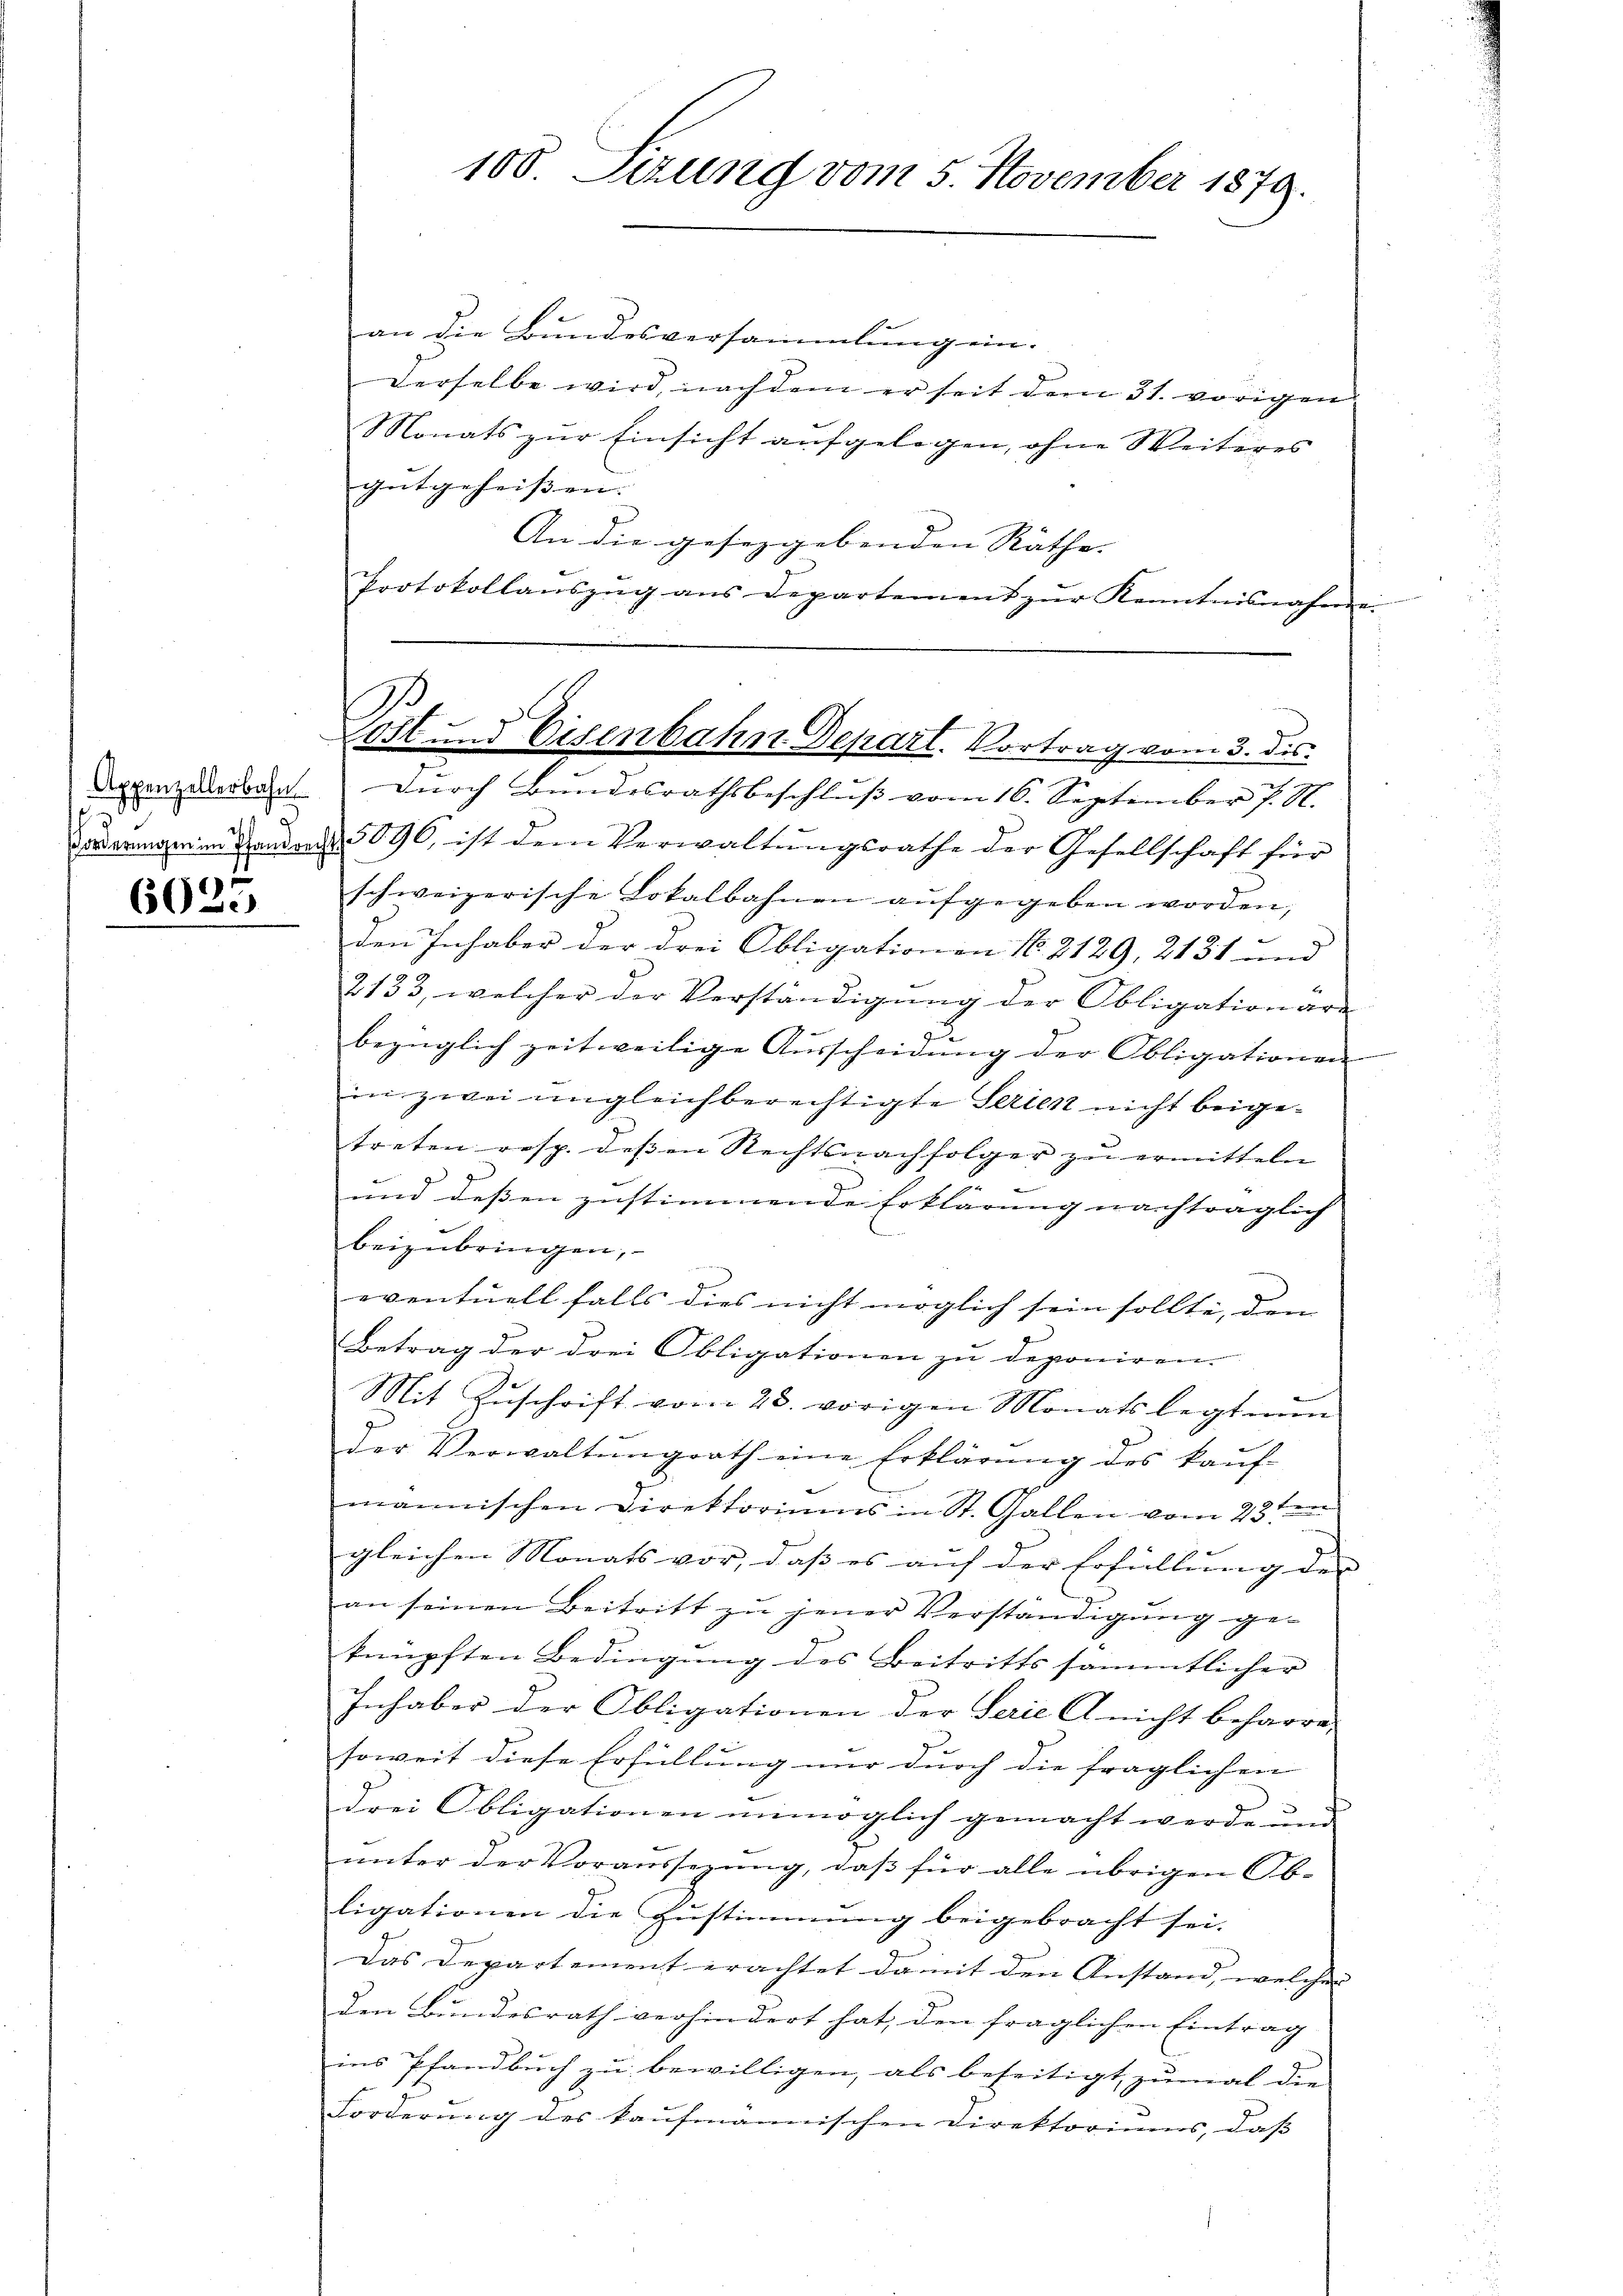
Appenzellerbahn
g
.
forderungen im Pfandrei
)

60

100. Sizung vom 5. November 1879.

an die Bundesversammlung ein.
derselbe wird, nachdem er seit dem 31. vorigen
Monats zur Einsicht aufgelegen, ohne Weiteres
gutgeheissen. |
An die gesezgebenden Räthe. |
Protokollanszŭg ans Departement zŭr Kenntnisnahmen
durch Bundesrathsbeschlŭβ vom 16. September 7. N.
5096, ist dem Verwaltŭngsrathe der Gesellschaft für
schweizerische Lokalbahnen aufgegeben worden,
den Inhaber der drei Obligationen No. 2129, 2131 und
2133, welcher der Verständigung der Obligationäre
In
bezüglich zeitweilige Aŭsscheidŭng der Obligationen
in zwei ungleichberechtigte Serien nicht beigetreten resp. dessen Rechtsnachfolger zu ermitteln
und dessen zustimmende Erklärung nachträglich
beizubringen,
eventuell falls dies nicht möglich sein sollte, den
Betrag der drei Obligationen zu deponiren.
Mit Zuschrift vom 28. vorigen Monats legt man
der Verwaltŭngsrath eine Erklärŭng des kaŭf-
e
männischen Direktoriums in St. Gallen vom 13ten
gleichen Monats vor, daß es auf der Erfüllung der
an seinen Beitritt zu jener Verständigung geknüpften Bedingung des Beitritts sämmtlicher
Inhaber der Obligationen der Serie A nicht beharre,
soweit diese Erfüllung nur durch die fraglichen
drei Obligationen unmöglich gemacht werde und
ŭnter der Voraussezung, daβ für alle übrigen Ob-
ligationen die Zustimmung beigebracht sei.
Das Departement erachtet damit den Anstand, welcher |
den Bundesrath verhindert hat, den fraglichen Eintrag
ins Pfandbuch zu bewilligen, als beseitigt, zumal die
Forderung des kaufmannischen Direktoriums, daß

B.
ost und Eisenbahn Depart. Vortrag vom 3. dis